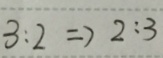
3 : 2 \Rightarrow 2 : 3